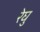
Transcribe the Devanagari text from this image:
रेघु